Note on the mental hospitals in Burma - 1925-1940
Year: 1925
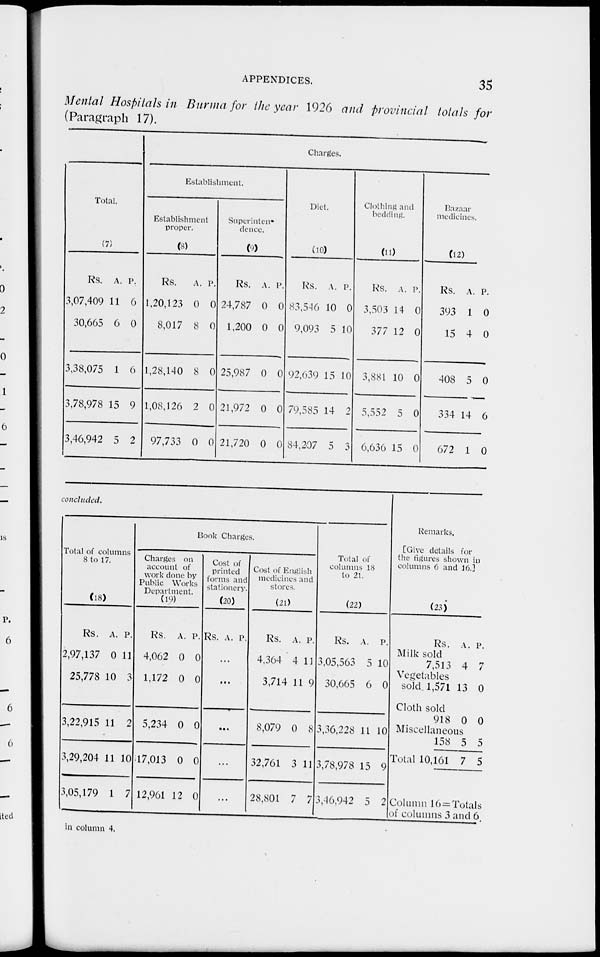
APPENDICES.
35
Mental Hospitals in Burma for the year 1926 and provincial totals for
(Paragraph 17).
Total.
(7)
Rs.
3,07,409
30,665
3,38,075
3,78,978
3,46,942
A.
11
6
1
15
5
P.
6
0
6
9
2
Charges.
Establishment.
Establishment
proper.
(8)
Rs.
1,20,123
8,017
1,28,140
1,08,126
97,733
A.
0
8
8
2
0
P.
0
0
0
0
0
Superinten-
dence.
(9)
Rs.
24,787
1,200
25,987
21,972
21,720
A.
0
0
0
0
0
P.
0
0
0
0
0
Diet.
(10)
Rs.
83,546
9,093
92,639
79,585
84,207
A.
10
5
15
14
5
P.
0
10
10
2
3
Clothing and
bedding.
(11)
Rs.
3,503
377
3,881
5,552
6,636
A.
14
12
10
5
15
P.
0
0
0
0
0
Bazaar
medicines.
(12)
Rs.
393
15
408
334
672
A.
1
4
5
14
1
P.
0
0
0
6
0
concluded.
Tolal of columns
8 to 17.
(18)
Rs.
2,97,137
25,778
A.
0
10
P.
11
3
3,22,915
3,29,204
3,05,179
11
11
1
2
10
7
Book Charges.
Charges on
account of
work done by
Public Works
Department.
(19)
Rs.
4,062
1,172
5,234
17,013
12,961
A.
0
0
0
0
12
P.
0
0
0
0
0
Cost of
printed
forms and
stationery.
(20)
Rs. A. P.
...
...
...
...
...
Cost of English
medicines and
stores.
(21)
Rs.
4,364
3,714
A.
4
11
P.
11
9
8,079
32,761
28,801
0
3
7
8
11
7
Total of
columns 18
to 21.
(22)
Rs.
3,05,563
30,665
A.
5
6
P.
10
0
3,36,228
3,78,978
3,46,942
11
15
5
10
9
2
Remarks,
[Give details for
the figures shown in
columns 6 and 16.]
(23)
Rs.
Milk sold
7,513
Vegetables
sold 1,571
Cloth sold
918
Miscellaneous
158
Total 10,161
A.
4
13
0
5
7
P.
7
0
0
5
5
Column 16 = Totals
of columns 3 and 6
in column 4.